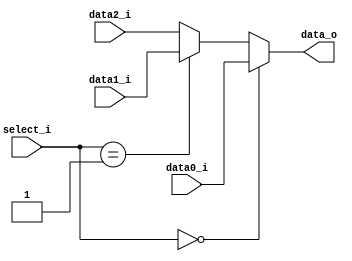
// 0613144  0613149 G

//Subject:     CO project 3 - Simple Single CPU
//--------------------------------------------------------------------------------
//Version:     1
//--------------------------------------------------------------------------------
//Writer:      0613144  0613149 G
//----------------------------------------------
//----------------------------------------------
//Description: 
//--------------------------------------------------------------------------------



module MUX_3to1(
               data0_i,
               data1_i,
               data2_i,
               select_i,
               data_o
               );

parameter size = 0;
			
//I/O ports               
input   [size-1:0] data0_i;          
input   [size-1:0] data1_i;
input   [size-1:0] data2_i;
input   [2-1:0] select_i;
output  [size-1:0] data_o; 

//Internal Signals
wire     [size-1:0] data_o;
//Main function
assign data_o = (select_i == 2'b00)? data0_i:
                (select_i == 2'b01)? data1_i:data2_i;

endmodule